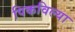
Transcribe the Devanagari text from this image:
पिकविल्या